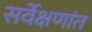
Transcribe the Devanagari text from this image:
सर्वेक्षणांत